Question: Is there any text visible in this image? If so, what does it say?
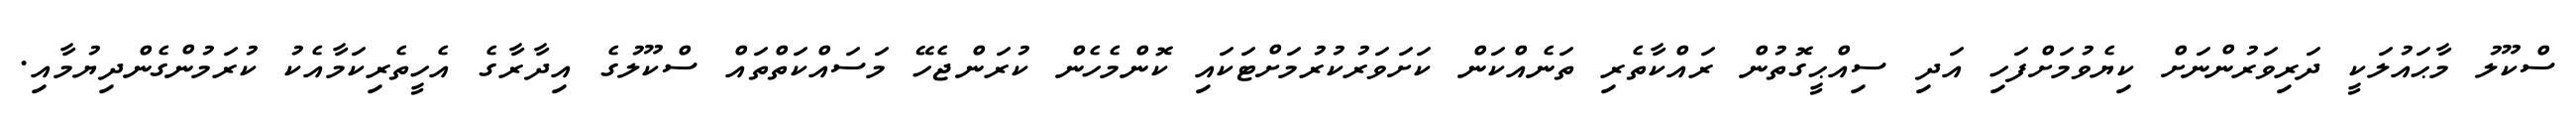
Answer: ސްކޫލު މާޙައުލަކީ ދަރިވަރުންނަށް ކިޔެވުމަށްފަހި އަދި ސިއްޙީގޮތުން ރައްކާތެރި ތަނެއްކަން ކަށަވަރުކުރުމަށްޓަކައި ކޮންމެހެން ކުރަންޖެހޭ މަސައްކަތްތައް ސްކޫލުގެ އިދާރާގެ އެހީތެރިކަމާއެކު ކުރަމުންގެންދިޔުމާއި.